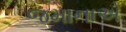
જમાનાએ